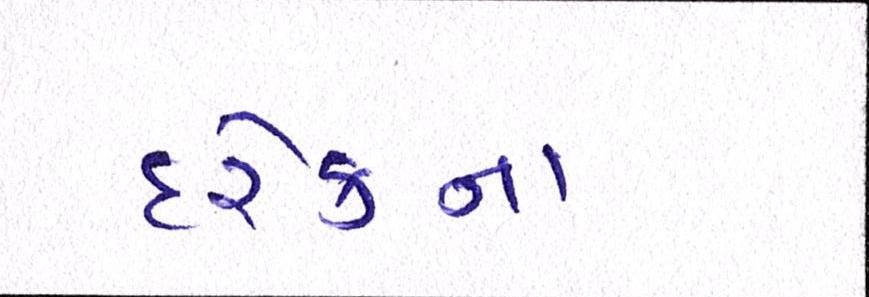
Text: દરેકના